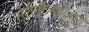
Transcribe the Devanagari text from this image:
मेलैनोजाइलान